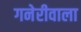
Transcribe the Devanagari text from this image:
गनेरीवाला